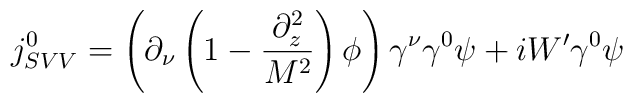
j_{SVV}^{0} = \left( \partial_\nu   \left( 1 - \frac{\partial^2_z}{M^2} \right) \phi \right) \gamma^\nu \gamma^0  \psi + i W^\prime \gamma^0 \psi